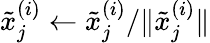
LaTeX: \tilde{x}_{j}^{(i)}\leftarrow\tilde{x}_{j}^{(i)}/\| \tilde{x}_{j}^{(i)}\|